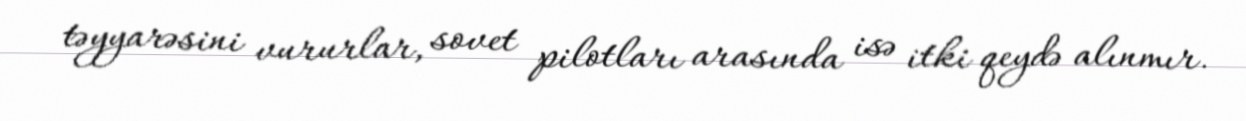
təyyarəsini vururlar, sovet pilotları arasında isə itki qeydə alınmır.